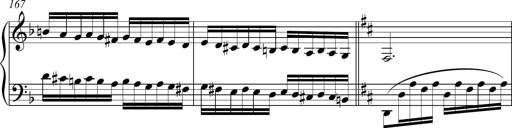
Title: Piano Sonatina in A major
Composer: Z Q Sysmoebius
Key: A major